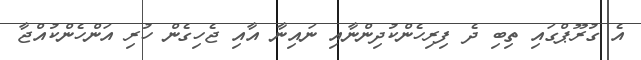
އެ ގުރޫޕްގައި ތިބި ދެ ފިރިހެންކުދިންނާއި ނައިނާ އާއި ޖެހިގެން ހުރި އަންހެންކުއްޖާ